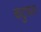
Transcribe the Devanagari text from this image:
कटुफल